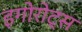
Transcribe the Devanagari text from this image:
इगोरोट्स